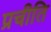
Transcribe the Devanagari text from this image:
प्रचीति